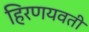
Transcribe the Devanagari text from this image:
हिरणयवती